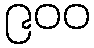
၉၀၀